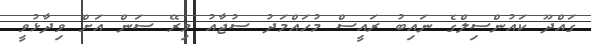
ގައްދޫ ކައުންސިލްގެ ނައިބު ރައީސް މުހައްމަދު ސުޖާއު މިރޭ ސަން އަށް ވިދާޅުވީ